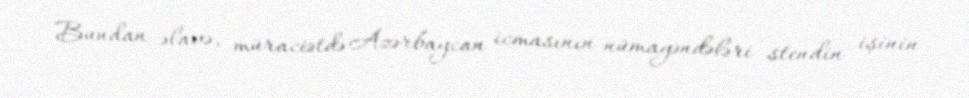
Bundan əlavə, müraciətdə Azərbaycan icmasının nümayəndələri stendin işinin